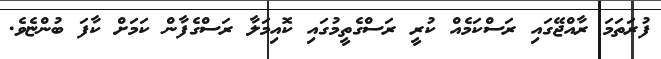
ފުރަތަމަ ރާއްޖޭގައި ރަސްކަމެއް ކުރީ ރަސްގެތީމުގައި ކޮއިމަލާ ރަސްގެފާން ކަމަށް ކާފަ ބުންޏެވެ.